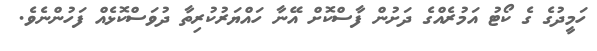
ހަމީދުގެ ގެ ކޯޓު އަމުރެއްގެ ދަށުން ފާސްކޮށް އޭނާ ހައްޔަރުކުރިތާ ދުވަސްކޮޅެއް ފަހުންނެވެ.